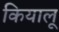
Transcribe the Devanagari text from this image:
कियालू